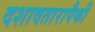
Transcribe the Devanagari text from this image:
दशावतारापैकी